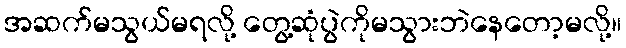
အဆက်မသွယ်မရလို့ တွေ့ဆုံပွဲကိုမသွားဘဲနေတော့မလို့။